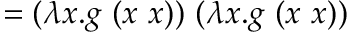
= ( \lambda x . g \ ( x \ x ) ) \ ( \lambda x . g \ ( x \ x ) )